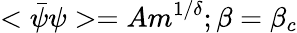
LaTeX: <\bar{\psi}\psi>=Am^{1/\delta};\beta=\beta_{c}